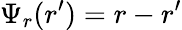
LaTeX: \Psi_{r}(r^{\prime})=r-r^{\prime}